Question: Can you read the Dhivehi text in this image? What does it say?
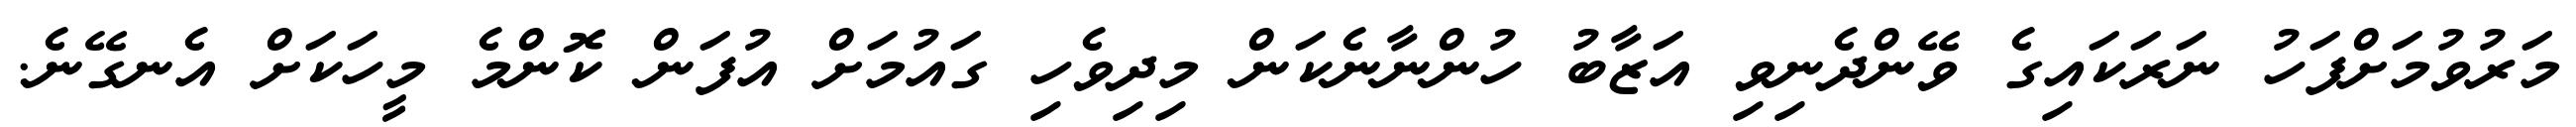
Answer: މަރުވުމަށްފަހު ނަރަކައިގެ ވޭންދެނިވި އަޒާބު ހުންނާނެކަން މިދިވެހި ގައުމަށް އުފަން ކޮންމެ މީހަކަށް އެނގޭނެ.